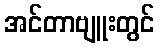
အင်တာဗျူးတွင်